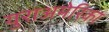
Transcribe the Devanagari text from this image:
युराअमेरिका